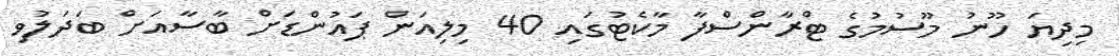
މިދިޔަ ހޫނު މޫސުމުގެ ޓްރާންސްފާ މާކެޓުގައި 40 މިލިއަން ޕައުންޑަށް ބާސާއަށް ބަދަލުވި